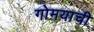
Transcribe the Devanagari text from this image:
गोमयाची